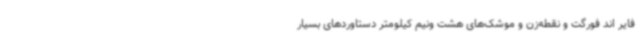
فایر اند فورگت و نقطه‌زن و موشک‌های هشت ونیم کیلومتر دستاوردهای بسیار